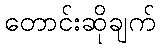
တောင်းဆိုချက်